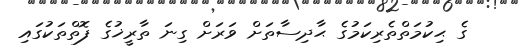
ގެ ޙިކުމަތްތެރިކަމުގެ ޙާދިސާތަށް ވަރަށް ގިނަ ތާރީޚުގެ ފޮތްތަކުގައި